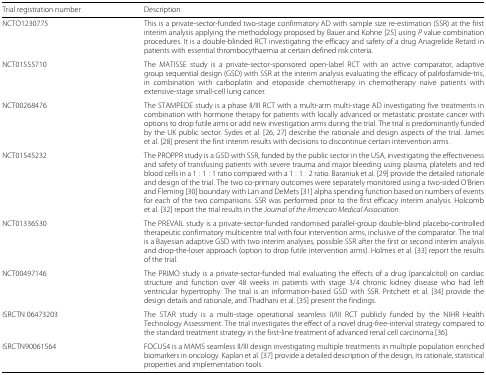
<table><thead><tr><td><b>Trial registration number</b></td><td><b>Description</b></td></tr></thead><tbody><tr><td>NCTO1230775</td><td>This is a private-sector-funded two-stage confirmatory AD with sample size re-estimation (SSR) at the first interim analysis applying the methodology proposed by Bauer and Kohne [25] using <i>P</i> value combination procedures. It is a double-blinded RCT investigating the efficacy and safety of a drug Anagrelide Retard in patients with essential thrombocythaemia at certain defined risk criteria.</td></tr><tr><td>NCT01555710</td><td>The MATISSE study is a private-sector-sponsored open-label RCT with an active comparator, adaptive group sequential design (GSD) with SSR at the interim analysis evaluating the efficacy of palifosfamide-tris, in combination with carboplatin and etoposide chemotherapy in chemotherapy naive patients with extensive-stage small-cell lung cancer.</td></tr><tr><td>NCT00268476</td><td>The STAMPEDE study is a phase II/III RCT with a multi-arm multi-stage AD investigating five treatments in combination with hormone therapy for patients with locally advanced or metastatic prostate cancer with options to drop futile arms or add new investigation arms during the trial. The trial is predominantly funded by the UK public sector. Sydes et al. [26, 27] describe the rationale and design aspects of the trial. James et al. [28] present the first interim results with decisions to discontinue certain intervention arms.</td></tr><tr><td>NCT01545232</td><td>The PROPPR study is a GSD with SSR, funded by the public sector in the USA, investigating the effectiveness and safety of transfusing patients with severe trauma and major bleeding using plasma, platelets and red blood cells in a 1:1:1 ratio compared with a 1:1:2 ratio. Baraniuk et al. [29] provide the detailed rationale and design of the trial. The two co-primary outcomes were separately monitored using a two-sided O’Brien and Fleming [30] boundary with Lan and DeMets [31] alpha spending function based on numbers of events for each of the two comparisons. SSR was performed prior to the first efficacy interim analysis. Holcomb et al. [32] report the trial results in the <i>Journal of the American Medical Association</i>.</td></tr><tr><td>NCT01336530</td><td>The PREVAIL study is a private-sector-funded randomised parallel-group double-blind placebo-controlled therapeutic confirmatory multicentre trial with four intervention arms, inclusive of the comparator. The trial is a Bayesian adaptive GSD with two interim analyses, possible SSR after the first or second interim analysis and drop-the-loser approach (option to drop futile intervention arms). Holmes et al. [33] report the results of the trial.</td></tr><tr><td>NCT00497146</td><td>The PRIMO study is a private-sector-funded trial evaluating the effects of a drug (paricalcitol) on cardiac structure and function over 48 weeks in patients with stage 3/4 chronic kidney disease who had left ventricular hypertrophy. The trial is an information-based GSD with SSR. Pritchett et al. [34] provide the design details and rationale, and Thadhani et al. [35] present the findings.</td></tr><tr><td>ISRCTN 06473203</td><td>The STAR study is a multi-stage operational seamless II/III RCT publicly funded by the NIHR Health Technology Assessment. The trial investigates the effect of a novel drug-free-interval strategy compared to the standard treatment strategy in the first-line treatment of advanced renal cell carcinoma [36].</td></tr><tr><td>ISRCTN90061564</td><td>FOCUS4 is a MAMS seamless II/III design investigating multiple treatments in multiple population enriched biomarkers in oncology. Kaplan et al. [37] provide a detailed description of the design, its rationale, statistical properties and implementation tools.</td></tr></tbody></table>